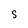
Character: S